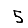
Digit: 5